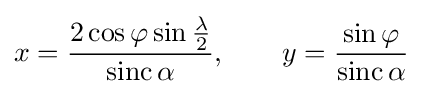
x={\frac {2\cos \varphi \sin {\frac {\lambda }{2}}}{\operatorname {sinc} \alpha }},\qquad y={\frac {\sin \varphi }{\operatorname {sinc} \alpha }}